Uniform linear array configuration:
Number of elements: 8
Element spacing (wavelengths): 0.5
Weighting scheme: exponential
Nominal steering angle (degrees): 15
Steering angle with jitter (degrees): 14.737
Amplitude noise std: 0.05
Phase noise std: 0.05

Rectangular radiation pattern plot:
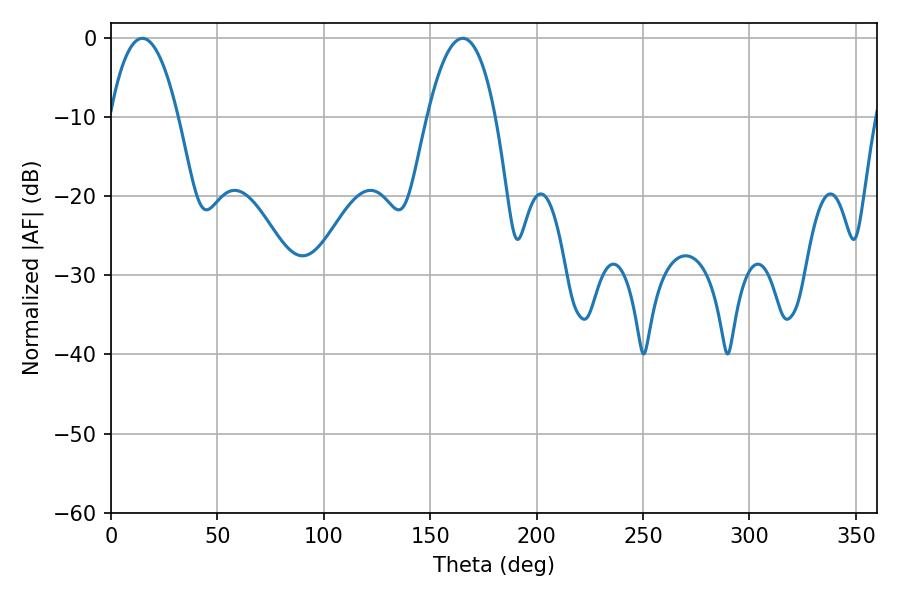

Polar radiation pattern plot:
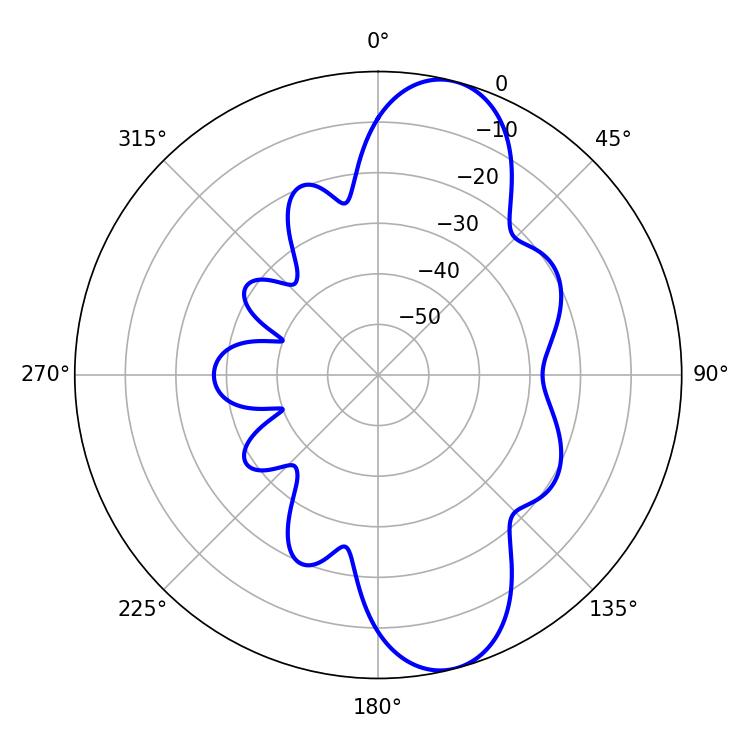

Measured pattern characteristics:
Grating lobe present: FALSE
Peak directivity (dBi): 10.462
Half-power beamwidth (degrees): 17.64
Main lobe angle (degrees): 14.76